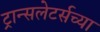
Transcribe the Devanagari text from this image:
ट्रान्सलेटर्सच्या